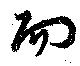
而